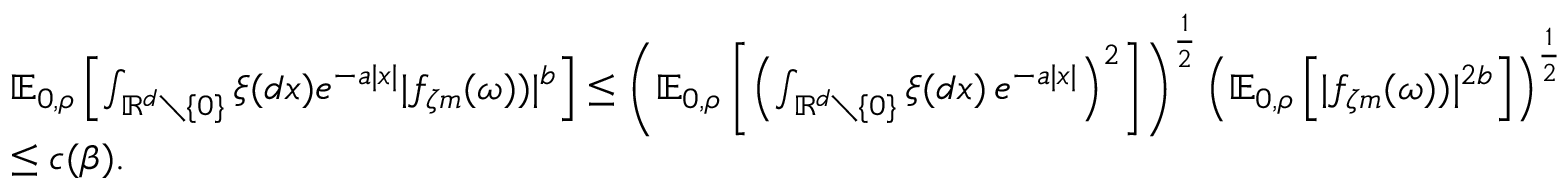
\begin{array} { r l } & { { \ensuremath { \mathbb E } } _ { 0 , \rho } \left[ \int _ { { \ensuremath { \mathbb R } } ^ { d } \setminus \{ 0 \} } \xi ( d x ) e ^ { - a | x | } | f _ { \zeta m } ( \omega ) ) | ^ { b } \right] \leq \left( { \ensuremath { \mathbb E } } _ { 0 , \rho } \left[ \left( \int _ { { \ensuremath { \mathbb R } } ^ { d } \setminus \{ 0 \} } \xi ( d x ) \, e ^ { - a | x | } \right) ^ { 2 } \right] \right) ^ { \frac { 1 } { 2 } } \left( { \ensuremath { \mathbb E } } _ { 0 , \rho } \left[ | f _ { \zeta m } ( \omega ) ) | ^ { 2 b } \right] \right) ^ { \frac { 1 } { 2 } } } \\ & { \leq c ( \beta ) . } \end{array}